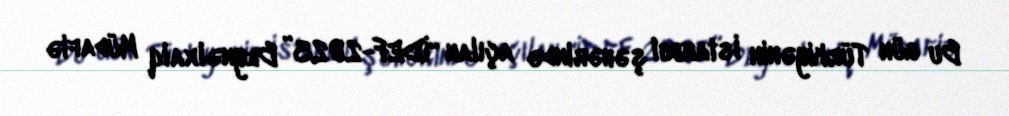
Bu gün Türkiyənin İstanbul şəhərində açılan “İDEF-2023” Beynəlxalq Müdafiə